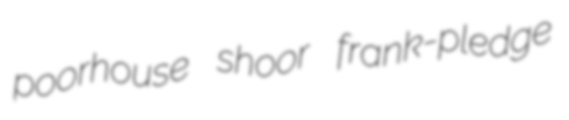
poorhouse shoor frank-pledge